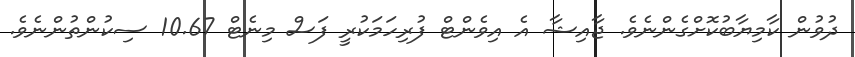
ދުވުން ކާމިޔާބުކޮށްގެންނެވެ. ޖާއިޝާ އެ އިވެންޓް ފުރިހަަމަކުރީ ފަސް މިނެޓް 10.67 ސިކުންތުންނެވެ.